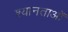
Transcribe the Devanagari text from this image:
श्यानताओं